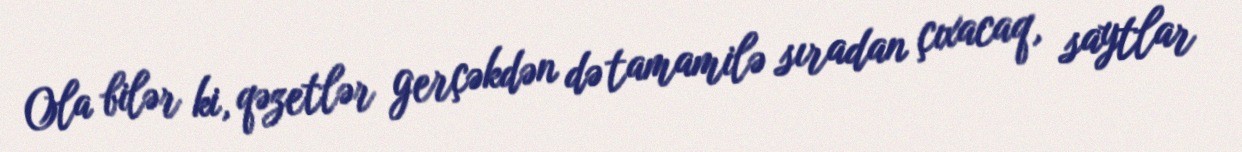
Ola bilər ki, qəzetlər gerçəkdən də tamamilə sıradan çıxacaq, saytlar